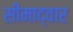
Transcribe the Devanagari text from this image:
सीमाद्वार